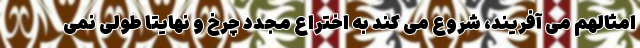
امثالهم می آفریند، شروع می کند به اختراع مجدد چرخ و نهایتا طولی نمی